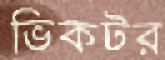
ভিকটর